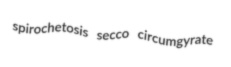
spirochetosis secco circumgyrate